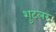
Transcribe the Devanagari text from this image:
शुटलर